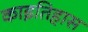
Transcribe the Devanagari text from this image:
काइतिहास